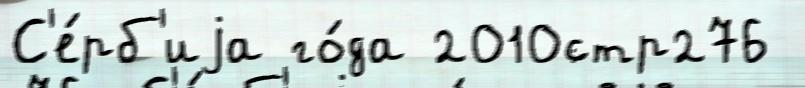
С'е́рб'иjа го́да 2010стр276